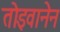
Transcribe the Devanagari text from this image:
तोइवानेन